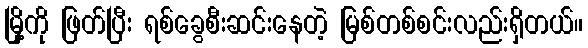
မြို့ကို ဖြတ်ပြီး ရစ်ခွေစီးဆင်းနေတဲ့ မြစ်တစ်စင်းလည်းရှိတယ်။